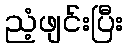
ညံ့ဖျင်းပြီး